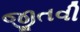
જીતવી